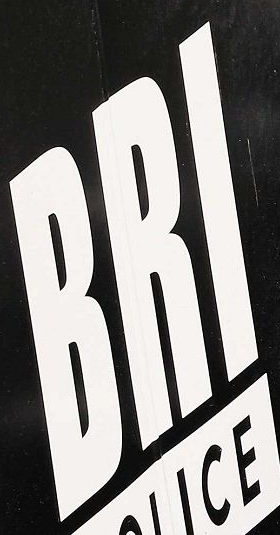
BRI